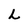
Character: L